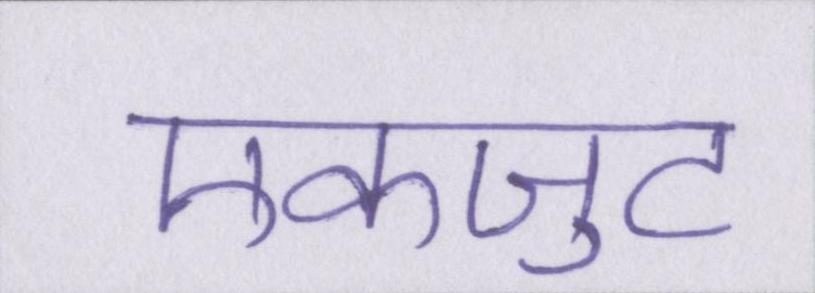
एकजुट